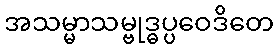
အသမ္မာသမ္ဗုဒ္ဓပ္ပဝေဒိတေ